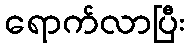
ရောက်လာပြီး